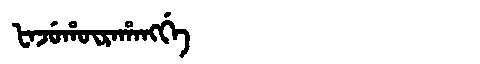
Manchu: ᡶᠠᠵᡠᡥᡡᡵᠠᡥᠠᠩᡤᡝ
Romanization: FAJUHŪRAHANGGE